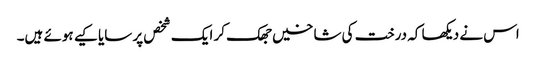
اس نے دیکھا کہ درخت کی شاخیں جھک کر ایک شخص پر سایا کیے ہوئے ہیں۔